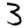
Digit: 3